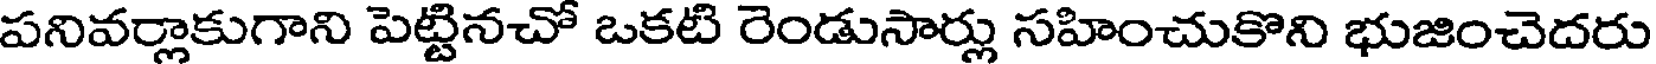
పనివర్లాకుగాని పెట్టినచో ఒకటి రెండుసార్లు సహించుకొని భుజించెదరు